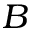
B